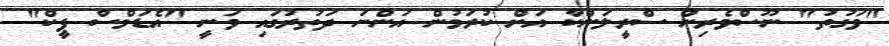
"ވަގުތު" ނޫސްވެރިން ސްރީލަންކާ އަށް ކުރަމުން އަންނަ ދަތުރުގައި ވަނީ "އެޑަމްސް ޕީކް"